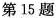
第15题